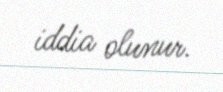
iddia olunur.